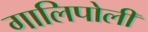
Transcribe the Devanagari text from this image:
गालिपोली